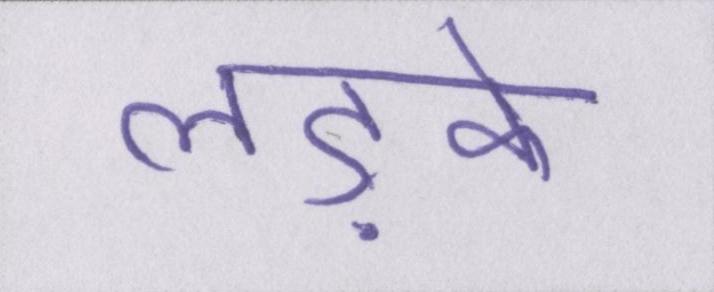
लड़के